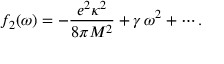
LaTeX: f _ { 2 } ( \omega ) = - { \frac { e ^ { 2 } \kappa ^ { 2 } } { 8 \pi M ^ { 2 } } } + \gamma \, \omega ^ { 2 } + \cdots .